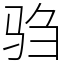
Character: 驺